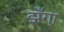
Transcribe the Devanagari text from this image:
झँगा